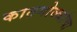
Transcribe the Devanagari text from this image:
कातगोळ्यांचा